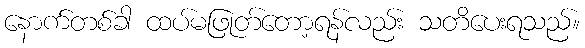
နောက်တစ်ခါ ထပ်မဖြုတ်တော့ရန်လည်း သတိပေးရသည်။